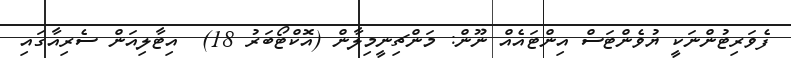
ފެވަރިޓުންނަކީ ޔުވެންޓަސް އިންޓައެއް ނޫން: މަންޗިނީމިލާން (އޮކްޓޯބަރު 18)  އިޓާލިއަން ސެރިއާގައި